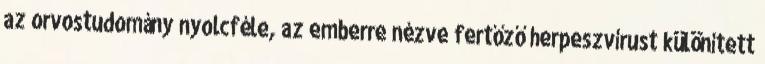
az orvostudomány nyolcféle, az emberre nézve fertőző herpeszvírust különített